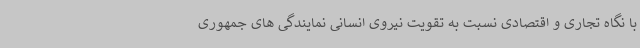
با نگاه تجاری و اقتصادی نسبت به تقویت نیروی انسانی نمایندگی های جمهوری